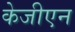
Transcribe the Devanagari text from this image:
केजीएन